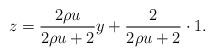
LaTeX: \begin{align*} z = \frac{2\rho u}{2\rho u + 2}y + \frac{2}{2\rho u +2}\cdot 1.\end{align*}